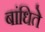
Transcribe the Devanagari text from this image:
बांधिते